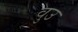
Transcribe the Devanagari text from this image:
वुउ